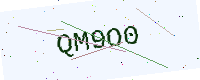
Text: QM9O0